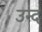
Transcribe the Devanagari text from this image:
उन्द